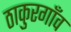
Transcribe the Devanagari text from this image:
ठाकुरगाँव